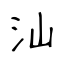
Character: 汕